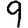
Digit: 9